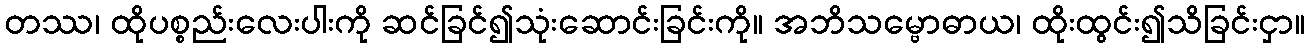
တဿ၊ ထိုပစ္စည်းလေးပါးကို ဆင်ခြင်၍သုံးဆောင်းခြင်းကို။ အဘိသမ္ဗောဓာယ၊ ထိုးထွင်း၍သိခြင်းငှာ။